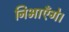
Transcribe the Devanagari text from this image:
निभाएँगे।